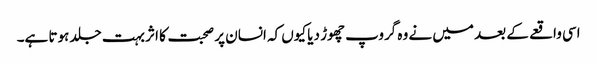
اسی واقعے کے بعد میں نے وہ گروپ چھوڑ دیا کیوں کہ انسان پر صحبت کا اثر بہت جلد ہوتا ہے۔